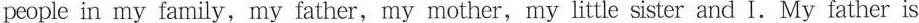
people in my family,my father,my mother, my little sister and I. My father is